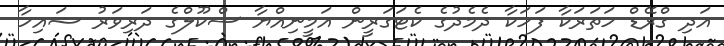
އަދި ގްރޭޑް ހަތަރަކާ ފަހަކާ ދެމެދުގެ ކެޓަގަރީން އަމީނިއްޔާ ސްކޫލްގެ ދަރިވަރު ޝައިހާ